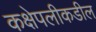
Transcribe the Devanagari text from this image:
कक्षेपलीकडील